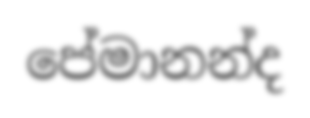
පේමානන්ද